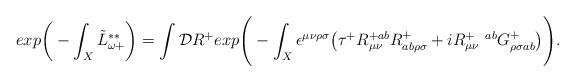
LaTeX: \begin{align*}exp\bigg( - \int_X \tilde{L}^{**}_{\omega +}\bigg) = \int {\cal D} R^+ exp\Bigg(- \int_X \epsilon^{\mu \nu \rho\sigma}\big(\tau^+ R^{+ab}_{\mu \nu} R^+_{ab\rho \sigma} + i R_{\mu\nu}^{+ \ \ ab} G^+_{\rho \sigma ab}\big) \Bigg).\end{align*}